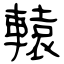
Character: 轅